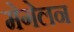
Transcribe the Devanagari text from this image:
मेगेलन